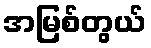
အမြစ်တွယ်